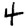
Digit: 4